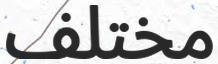
مختلف